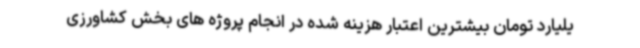
یلیارد تومان بیشترین اعتبار هزینه شده در انجام پروژه های بخش کشاورزی